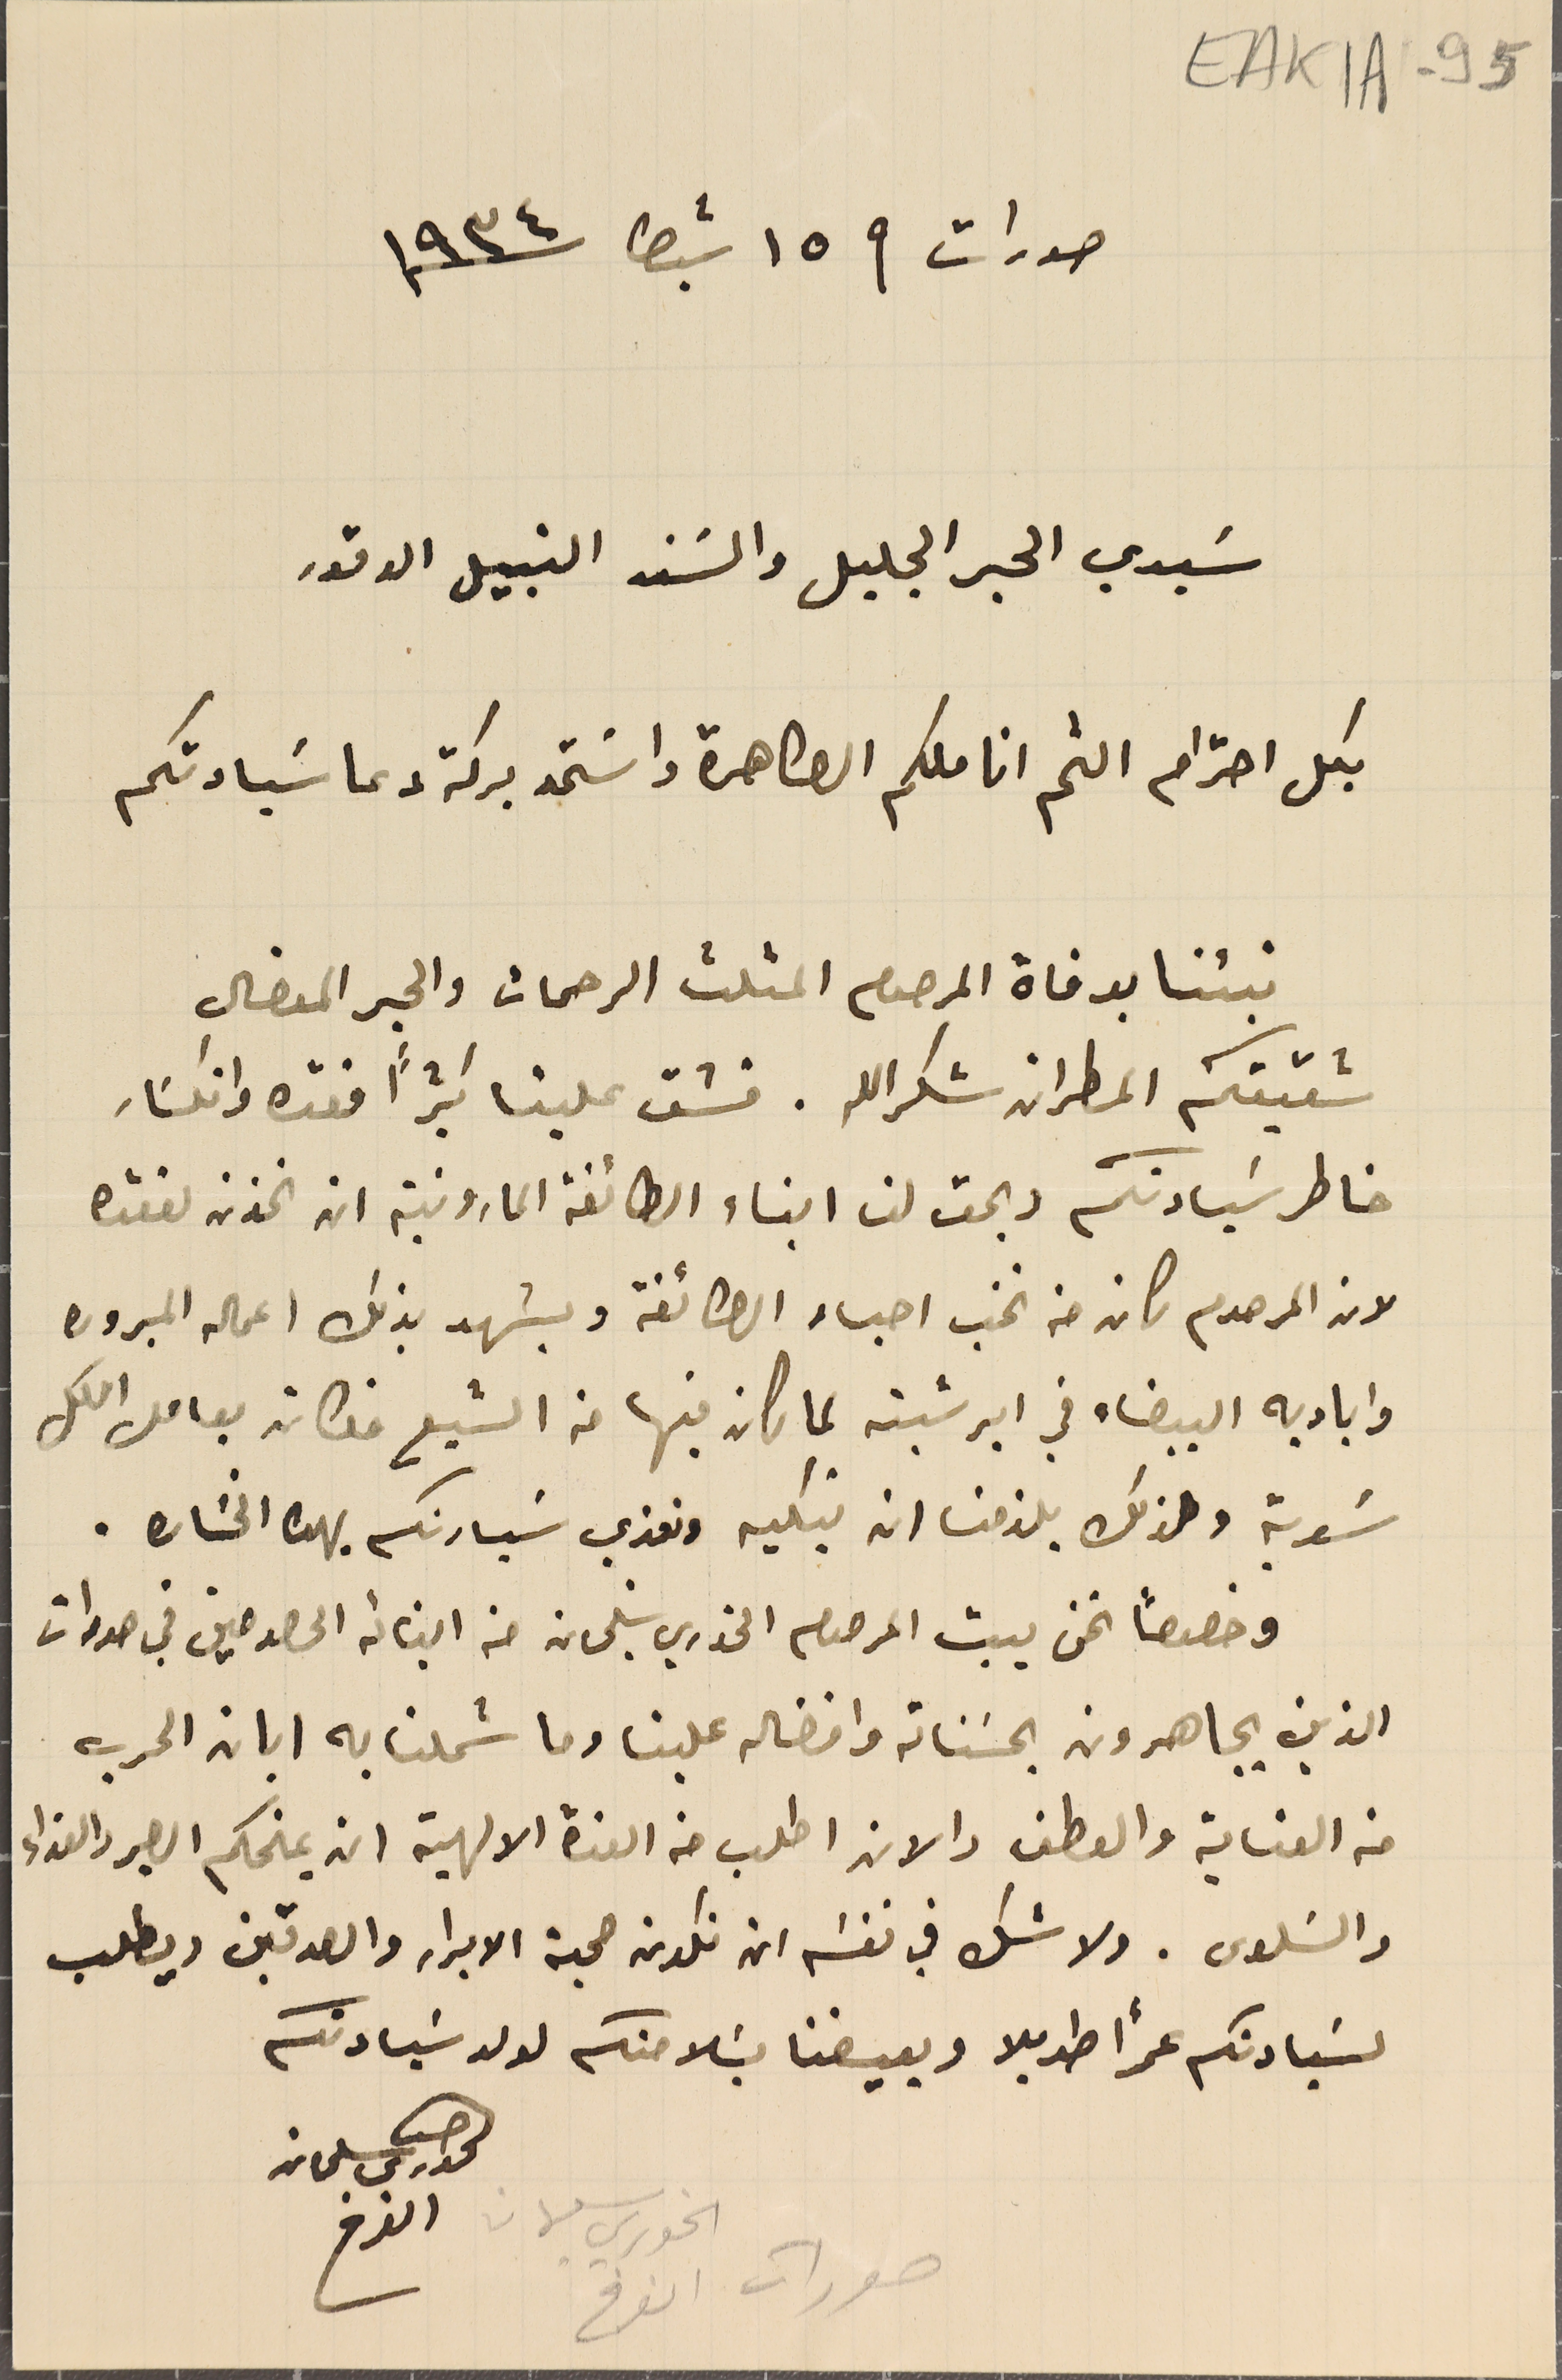
صورات فى ١٥ شباط سنة ١٩٣٤
سَيدي الحبر الجليل والسَند النبيل الوقور
 بكل احترام الثم اناملكم الطاهرة واسَتمد بركة دعا سَيادتكم
 نبئنا بوفاة المرحوم المثلث الرحمات والحبر المفضال
شقيقكم المطران شكرالله. فشق علينا كثيرًا فقده وانكسَار
خاطر سَيادتكم ويحق لنا ابناء الطائفة المارونية ان نحزن لفقده
 لان المرحوم كان من نخب احباء الطائفة ويشهد بذلك اعماله المبروره
 واياديه البيضاء في ابرشيته لما كان فيها من الشبع فكان يعامل الكل
 سَوية ولذلك يلزمنا ان نبكيه ونعزي سَيادتكم بهذه الخسَاره.
 وخصوصاً نحن بيت المرحوم الخوري سَليمان من ابنائه الحصوصين في صورات
 الذين يجاهرون بحسَناته وافضاله علينا وما شملنا به ابان الحرب
من العناية والعطف والان اطلب من العزة الالهية ان يمنحكم الصبر والعزاء
 والسَلوى. ولا شك في نفسَه ان تكون صحبة الابرار والصدقين ويطلب
 لسَيادتكم عمرًا طويلا ويعيضنا بسَلامتكم لولد سَيادتكم
الحورى سلىمان
الفرخ
EAK1A-95
الخوري سليمان
صورات الفرخ